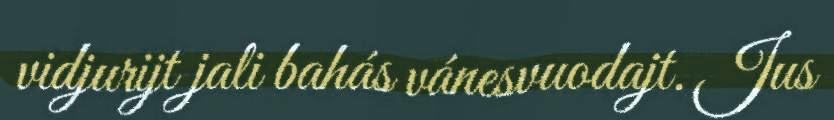
vidjurijt jali bahás vánesvuodajt. Jus